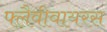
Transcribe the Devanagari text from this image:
फ्लैवीवायरस